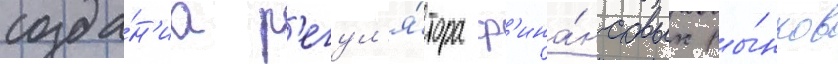
созда́н'иа р'егул'я́тора ф'ина́нсовых ры́нков